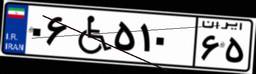
۰۶W۵۱۰۶۵